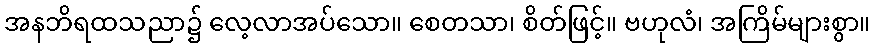
အနဘိရထသညာ၌ လေ့လာအပ်သော။ စေတသာ၊ စိတ်ဖြင့်။ ဗဟုလံ၊ အကြိမ်များစွာ။